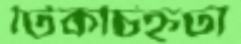
টিকচিহ্নটা